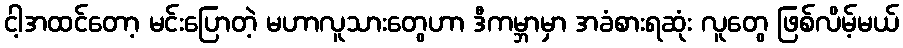
ငါ့အထင်တော့ မင်းပြောတဲ့ မဟာလူသားတွေဟာ ဒီကမ္ဘာမှာ အခံစားရဆုံး လူတွေ ဖြစ်လိမ့်မယ်